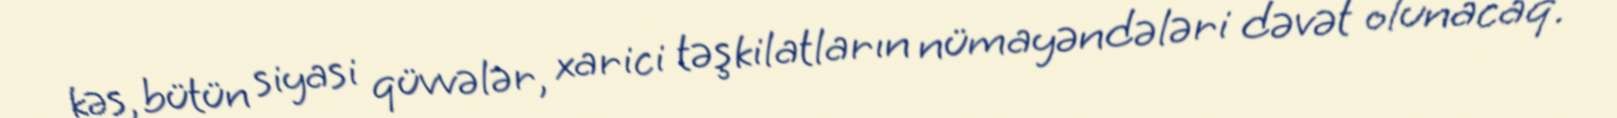
kəs, bütün siyasi qüvvələr, xarici təşkilatların nümayəndələri dəvət olunacaq.